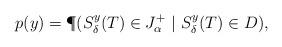
LaTeX: \begin{align*}p(y)= \P ( S_\delta ^{y} (T) \in J_\alpha ^+ \ |\ S_\delta ^{y} (T) \in D ),\end{align*}